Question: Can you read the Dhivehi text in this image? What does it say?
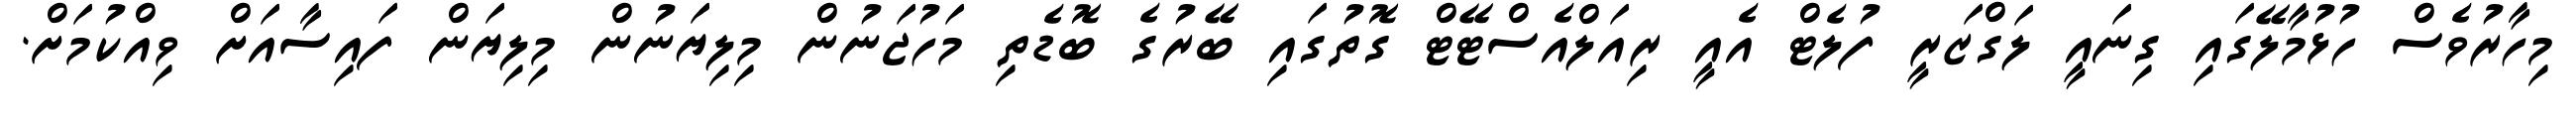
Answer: މިހާރުވެސް ހުޅުމާލޭގައި ގިނައީ ލަގްޒަރީ ފުލެޓް އެއީ ރިއަލްއެސްޓޭޓް ގޮތުގައި ބޭރުގެ ބޮޑެތި މަހުޖަނުން މިލިޔަނުން މިލިޔަން ފައިސާއަށް ވިއްކުމަށް.